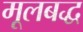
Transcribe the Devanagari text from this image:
मूलबद्ध